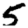
Digit: 5